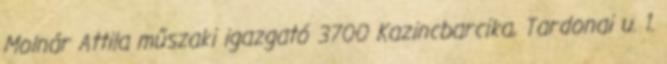
Molnár Attila műszaki igazgató 3700 Kazincbarcika, Tardonai u. 1.